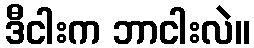
ဒီငါးက ဘာငါးလဲ။